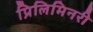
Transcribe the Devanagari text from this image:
प्रिलिमिनरी